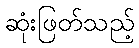
ဆုံးဖြတ်သည့်